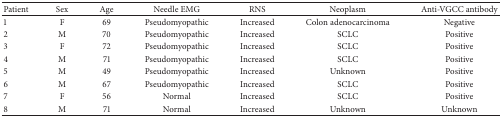
| Patient | Sex | Age | Needle EMG | RNS | Neoplasm | Anti-VGCC antibody |
 | --- | --- | --- | --- | --- | --- | --- |
 | 1 | F | 69 | Pseudomyopathic | Increased | Colon adenocarcinoma | Negative |
 | 2 | M | 70 | Pseudomyopathic | Increased | SCLC | Positive |
 | 3 | F | 72 | Pseudomyopathic | Increased | SCLC | Positive |
 | 4 | M | 71 | Pseudomyopathic | Increased | SCLC | Positive |
 | 5 | M | 49 | Pseudomyopathic | Increased | Unknown | Positive |
 | 6 | M | 67 | Pseudomyopathic | Increased | SCLC | Positive |
 | 7 | F | 56 | Normal | Increased | SCLC | Positive |
 | 8 | M | 71 | Normal | Increased | Unknown | Unknown |